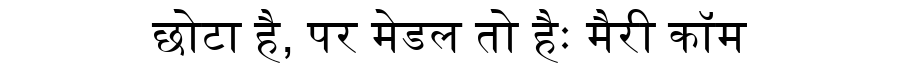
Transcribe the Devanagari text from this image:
छोटा है, पर मेडल तो हैः मैरी कॉम